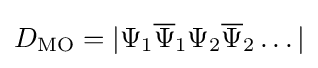
D_{\text{MO}}=|\Psi _{1}{\overline {\Psi }}_{1}\Psi _{2}{\overline {\Psi }}_{2}\dots |